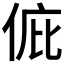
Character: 𠉆